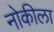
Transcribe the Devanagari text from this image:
नोकीला